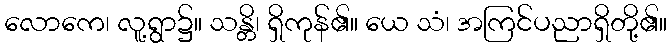
လောကေ၊ လူ့ရွာ၌။ သန္တိ၊ ရှိကုန်၏။ ယေ သံ၊ အကြင်ပညာရှိတို့၏။